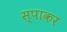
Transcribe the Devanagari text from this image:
स्पाकर